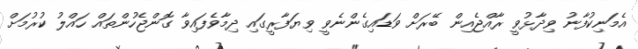
އެމަނިކުފާނު ވިދާޅުވީ ރާއްޖެއިން ބޭރަށް ވަޑައިގެންނެވީ ވިޔަފާރީގައި ދިމާވެފައިވާ ގޮންޖެހުންތައް ހައްލު ކުރުމަށް